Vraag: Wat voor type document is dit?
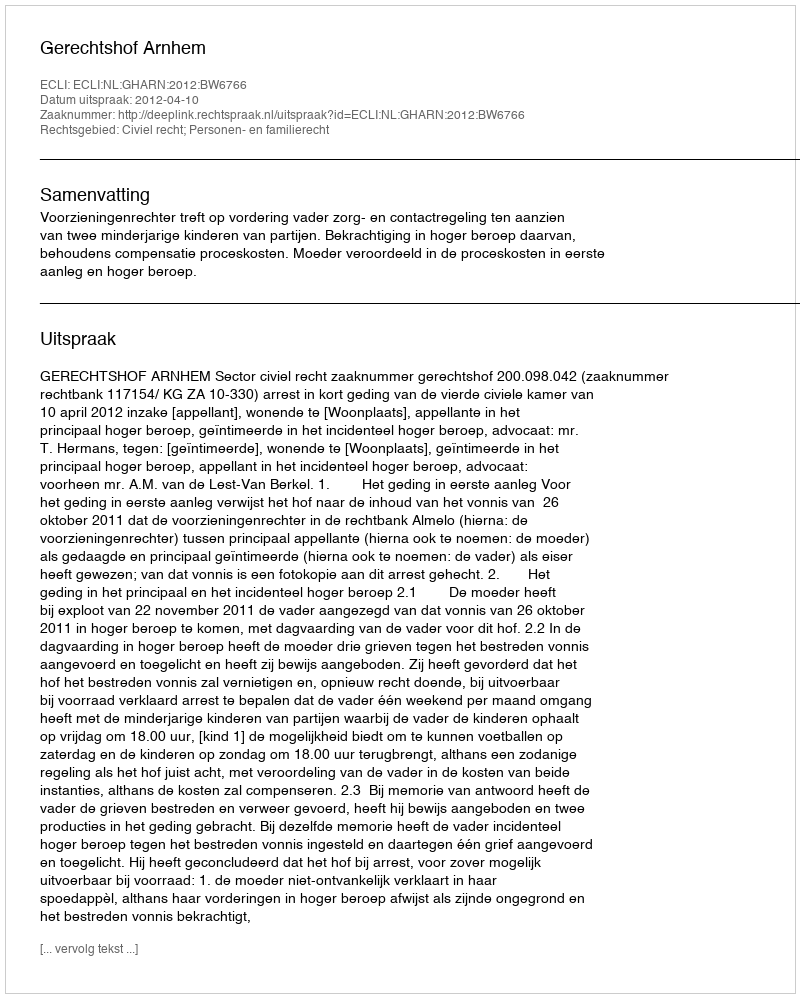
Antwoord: Uitspraak